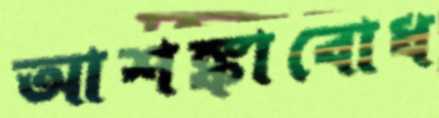
আশঙ্কাবোধ